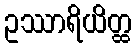
ဥဿာရိယိတ္ထ